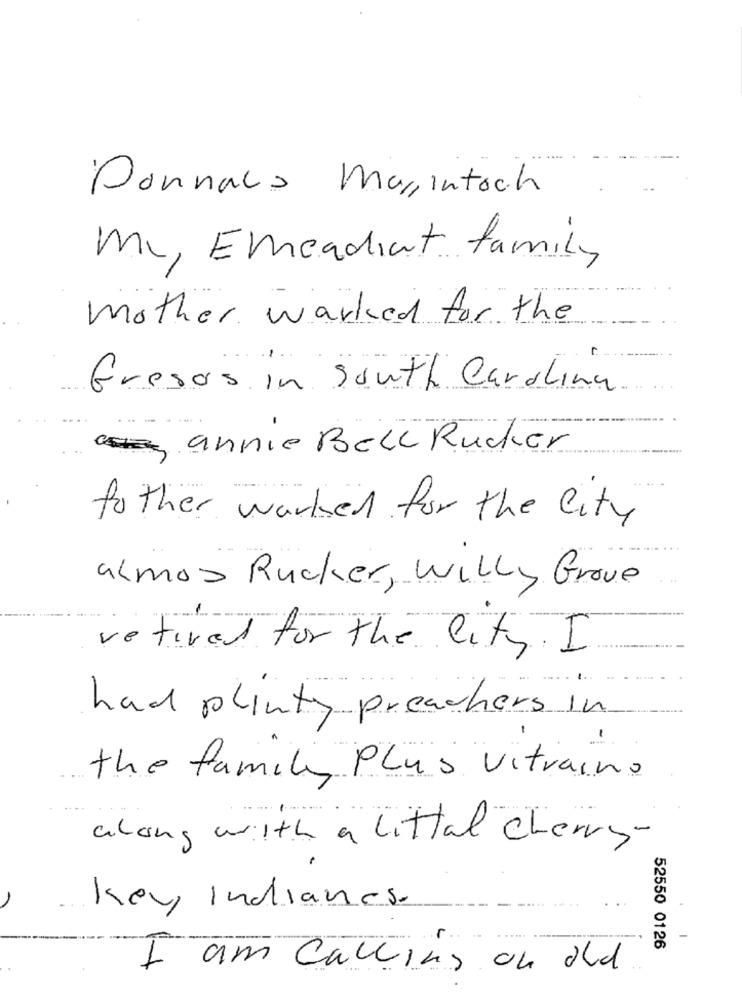
Donnaus Marintoch
mc, Emeadiat family
mother worked for the
Fresas in South Carolina.
....
annie Bell Rucker
fother worked for the city
almos Rucker, Willy Grove
.... ...
retired for the City I
had plenty preachers in
the family Plus vitraino
along with a littal cherry-
key Indianes.
52550 0126
I am calling on old